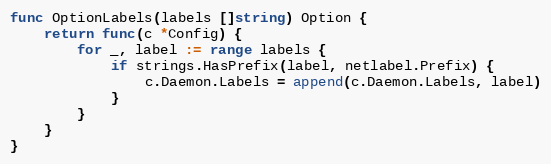
Language: Go
func OptionLabels(labels []string) Option {
	return func(c *Config) {
		for _, label := range labels {
			if strings.HasPrefix(label, netlabel.Prefix) {
				c.Daemon.Labels = append(c.Daemon.Labels, label)
			}
		}
	}
}